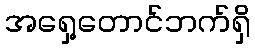
အရှေ့တောင်ဘက်ရှိ